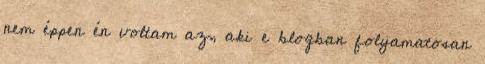
nem éppen én voltam az, aki e blogban folyamatosan